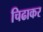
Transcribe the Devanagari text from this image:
चिढाकर